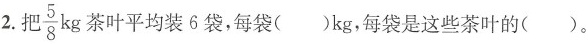
2.把 \frac{5}{8}kg茶叶平均装6袋，每袋()kg，每袋是这些茶叶的()。